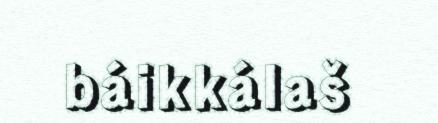
báikkálaš